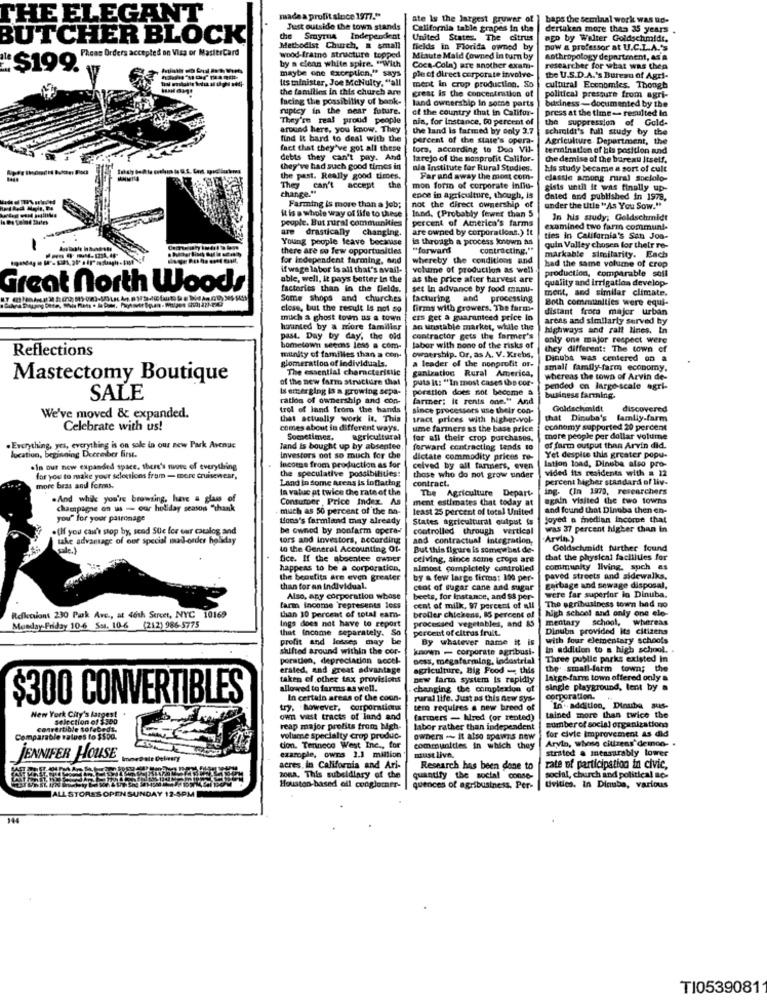
THE ELEGANT
made a profit since 1977."
ate Is the largest gruwar of
baps the seminal work was ud-
Just outside the town stands
California table grapes in the
dertaken more than 35 years .
BUTCHER BLOCK
the Smyrna Independent
United States. The citrus
ago by Walter Goldschmidt,
wood-frame structure topped
Methodist Church, a small
fields in Florida owned by
Dow a professor at U.C.L.A.'S
"$10 Peas Orders accepted on Visa or Mastercard
by a clean white spire. "With
Minute Maid (owned In turn by
anthropology department, AS a
maybe one exception," says
Coca-Coln) are another exam-
researcher for what was thep
Its minister, Joe McNulty, "all
pleet direct corporate involve-
the U.S.D.A.'s Bureau of Agri-
the families in this church are
ment in crop production. So
cultural Eccoomies. Though
facing the possibility of bank.
great is the concentration of
land ownership in some parts
political pressure from agri-
ruptcy in the near future.
of the country that in Califor-
business - documented by the
press at the time- resulted in
They're real proud people
people
nia, for instance, 00 percent of
the suppression of Gold-
around here, you know. They
the land is farmed by only 3.7
schmidt's full study by the
find it hard to deal with the
percent of the state's opera-
Agriculture Department, the
fact that they've got all these
tors, according to Doa Vil-
termination of bis position and
debts they can't pay. And
farejo of the nonprofit Califor-
the demise of the bureau Itself.
they've had such good times in
nie Institute for Rural Studies.
his study became a sort of cult
the past. Really good tienes.
Far and away the most com-
classic among rural sociolo-
They can't
change."
accept the
mon forin of corporate influ-
gists until it was finally up-
ence in agriculture, though, is
dated and published in 1978.
Farming is more than a job;
not the direct ownership of
land, (Probably fewer than 5
under the title "As You Sow."
it is a whole way of life to these
people. But rural communities
percent of America's farms
In his study; Goldschmidt
are drastically changing.
are owned by corporations.) It
examined two farm communi-
Young people leave because
is through a process Ionown as
ties in California's San Jon-
there are so few opportunities
"forward
contracting."
quin Valley chosen for their re-
for independent farming, and
whereby the conditions and
markable similarity. Each
had the same volume of crop
if wage labor is all that's avail-
volume of production as well
production, comparable soll
able, well, it pays better In the
as the price after harvest are
quality and irrigation develop-
Great north Woods
factories than in the fields.
set In advance by food manu-
ment, and similar climate.
Some shops and churches
facturing
and processing
Both communities were equi-
close, but the result Is not so
firms with growers, The farm-
distant froma major urban
much a ghost town as a town
ers get a guaranteed price in
areas and similarly served by
haunted by a more familiar
an unstable market, while the
highways and ralt lines. In
past. Day by day, the old
contractor gets the farmer's
only one major respect were
hometown seems less a com-
labor with none of the risks of
they different: The town of
Reflections
glomeration of individuals.
minity of familles than a con-
ownership. Or, as A. V. Krebs,
Dinuba was centered on a
The essential characteristic
gantration Rural America,
a leader of the nonprofit or-
small family-farm economy.
Mastectomy Boutique
of the new farm structure that
puts it: "In most cases the cor-
whereas the town of Arvin de-
Ist emerging is a growing sepa-
poration does not become a
pended en large-scale agri-
SALE
ration of ownership and con-
farmer: It rents one." And
business farming.
trol of land from the hands
since processors use their con-
Goldschmidt
discovered
We've moved & expanded.
that actually work it. This
tract prices with higher-vol-
that Dicuba's
family.farm
Celebrate with us!
comes about in different ways.
ume farmers as the base price
economy supported 20 percent
Sometimes.
agricultural
for all their crop purchases.
more people per dollar volume
. Everything, yes, everything is on sale in our new Park Avenue
Tand is bought up by absentee
forward contracting tends to
of farm output than Arvin did.
location, beginning Dcereber first.
investors not so much for che
dictate commodity prices re-
Yet desplie this greater popu-
lation load, Dinube also pro-
.In our new expanded space, there's more of everything
Incoens from production as for
the speculative possibilities:
celved by all farmers, even
vided its residents with a 12
for you to make your selections from - more cruisewear,
Land in some areas is inflating
those who do not grow under
contract.
percent Mgher standard of liv-
more bras and formes.
la value pt twice Che rate of the
The Agriculture Depart-
ing. (In 1973, researchers
.And while you're browsing, have a glass of
Consumer , Price Index. As
ment estimates that today at
again visited the two towns
champagne on us - our holiday season "thank
. much as 50 percent of the na-
least 25 percent of total United
and found that Dinuba then en-
you" for your patronage
Lions's farmland may already
States agricultural output is
joyed a median income that
.{If you can't stop by, send Sue for our catalog and
be owned by nonfarm opera-
controlled through vertical
was 37 percent higher than in
take advantage of our special mail-order holiday
tors and Investors, according
and contractual integration,
Arvin)
to the General Accounting Of-
But this figure is somewhat de-
Goldschmidt further found
fice. If the absentee cwper
ceiving, since seine crops are
that the physical faclillies for
happens to be a corporation.
almost completely controlled
community living, such as
the benefits are even greater
by a few large firms: 100 per-
paved streets and sidewalks.
than for an individual.
ctot of sugar cane and sugar
gerbage and sewage disposal,
were far superior lo Dinuba.
Also, any corporation whose
beets, for Instance, and $$ per-
farm income represents less
cent of milk, 97 percent of all
The agribusiness town had no
high school and only one ele-
Reflections 230 Park Ave ., at 46th Street, NYC 10169
Ings does not have to report
than 10 percent of total eam-
processed vegetables, and 85
broller chickens, 85 percent of
mentary
school, whereas
Monday- Friday 10-6 Sst. 10-6 (212) 986-5775
that Income separately. So
percent of citrus fruit.
Dinubn provided Its citizens
profit and losses may be
By whatever name it is
with four elementary schools
shifted around within the cor-
known - corporate agribusi-
In addition to a high school.
poration, depreciation accel-
Dess, megafarming, industrial
Three publie parks existed In
erated, and great advantage
agriculture, Big Food - this
the small-farm town; the
taken of other tax provisions
new farma system is rapidly
large-farm town offered only a
allowed to farms as well.
changing the complexion of
single playground, tent by a
$300 CONVERTIBLES
In certain areas of the coon.
rural life. Just as this new sys-
corporation.
tem requires a new breed of
In addition, Dinube sus-
New York City's farges!
selection of $300
farioers - hired (or tented)
tained more than twice the
reap major profits from high-
labor rather than independent
sumber of social organizationa
for elvie improvement as did
Comparable values to $$o0.
voliame specialty crop produc-
owners . it also spawns new
Arvin, whose citizens demon- .
dion. Tenneco West Inc ., for
communities in which they
strated & measurably lower
JENNIFER HOUSE
example, owns 1.1 million
must live.
acres in California and Ari-
Research has been done to
rate of participation in civic,
zona. This subsidiary of the
quantify the social conse-
social, church and political no-
ALL STORES OPEN SUNDAY 12-5PM
Houston-based oll conglomer-
quences of agribusiness. Per-
tivities. In Dinuba, various
144
TI0539081